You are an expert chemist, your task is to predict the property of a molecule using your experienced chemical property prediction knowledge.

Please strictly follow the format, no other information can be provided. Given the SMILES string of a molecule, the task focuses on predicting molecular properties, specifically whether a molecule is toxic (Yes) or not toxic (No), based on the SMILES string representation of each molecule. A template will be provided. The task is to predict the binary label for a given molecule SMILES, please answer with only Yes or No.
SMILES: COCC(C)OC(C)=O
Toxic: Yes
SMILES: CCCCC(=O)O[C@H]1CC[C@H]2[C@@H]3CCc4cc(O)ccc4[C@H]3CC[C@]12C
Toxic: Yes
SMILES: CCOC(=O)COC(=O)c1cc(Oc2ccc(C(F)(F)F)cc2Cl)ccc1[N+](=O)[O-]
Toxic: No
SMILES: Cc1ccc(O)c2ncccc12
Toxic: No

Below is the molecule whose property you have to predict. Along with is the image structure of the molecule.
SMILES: CCCCNc1c(C(=O)OCC)c(C)nc2c1cnn2CC
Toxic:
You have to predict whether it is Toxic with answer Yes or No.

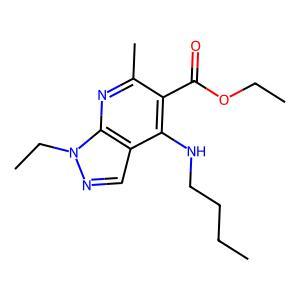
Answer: No